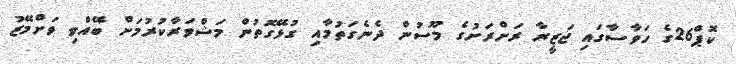
ކޮޕް26ގެ ހަވާސާގައި ޖަޒީރާ ރަށްރަށުގެ މޫސުން ދެނެގަތުމާއި ގުޅޭގޮތުން މަޝްވަރާކުރުމަށް ބޭއްވި ވަށްމޭޒު